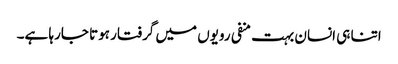
اتنا ہی انسان بہت منفی رویوں میں گرفتار ہوتا جارہا ہے۔